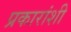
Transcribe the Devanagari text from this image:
प्रकारांशी